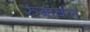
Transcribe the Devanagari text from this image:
रुबाबल